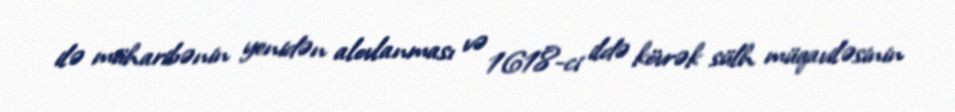
ilə müharibənin yenidən alovlanması və 1618-ci ildə kövrək sülh müqaviləsinin